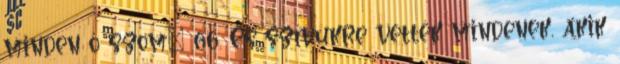
minden ő szom− 66. És szívükre vették mindenek, akik